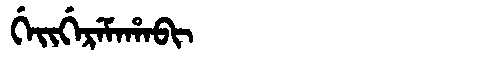
Manchu: ᡤᡝᡳᡤᡝᡵᡝᠮᠠᡥᠠᠪᡳ
Romanization: GEIGEREMAHABI